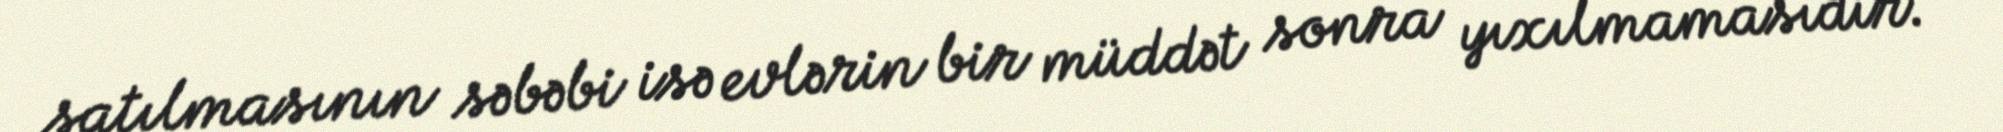
satılmasının səbəbi isə evlərin bir müddət sonra yıxılmamasıdır.